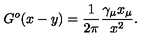
G ^ { o } ( x - y ) = \frac { 1 } { 2 \pi } \frac { \gamma _ { \mu } x _ { \mu } } { x ^ { 2 } } .